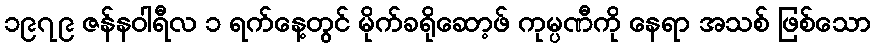
၁၉၇၉ ဇန်နဝါရီလ ၁ ရက်နေ့တွင် မိုက်ခရိုဆော့ဖ် ကုမ္ပဏီကို နေရာ အသစ် ဖြစ်သော